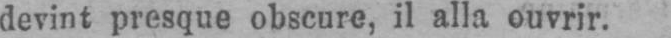
devint presque obscure, il alla ouvrir.